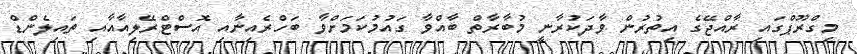
މިގްރޫޕްގައި ރާއްޖޭގެ އިތުރުން ވާދަކުރާނީ މުބާރާތް ބާއްވާ ގައުމުކަމަށްވާ ބަހްރެއިނާއި އޮސްޓްރޭލިއާއާއި ތައިލެންޑް